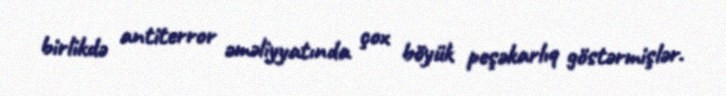
birlikdə antiterror əməliyyatında çox böyük peşəkarlıq göstərmişlər.